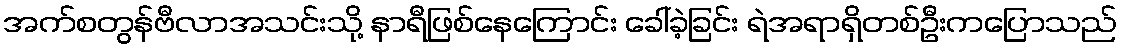
အက်စတွန်ဗီလာအသင်းသို့ နာရီဖြစ်နေကြောင်း ခေါ်ခဲ့ခြင်း ရဲအရာရှိတစ်ဦးကပြောသည်